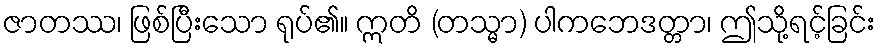
ဇာတဿ၊ ဖြစ်ပြီးသော ရုပ်၏။ ဣတိ (တသ္မာ) ပါကဘေဒတ္တာ၊ ဤသို့ရင့်ခြင်း